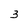
Character: 3